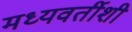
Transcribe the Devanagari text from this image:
मध्यवर्तीशी